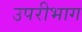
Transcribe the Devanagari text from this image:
उपरीभाग